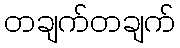
တချက်တချက်